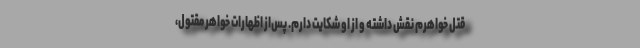
قتل خواهرم نقش داشته و از او شکایت دارم. پس‌از اظهارات خواهر مقتول،